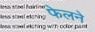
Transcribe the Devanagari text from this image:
फेलने